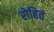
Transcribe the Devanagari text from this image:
रोहितं